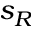
s _ { R }